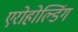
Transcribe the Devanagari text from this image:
एरोहोल्डिंग